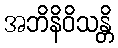
အဘိနိဝိသန္တိ